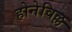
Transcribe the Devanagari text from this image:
होनेविल्ल